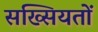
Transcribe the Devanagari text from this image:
सख्सियतों